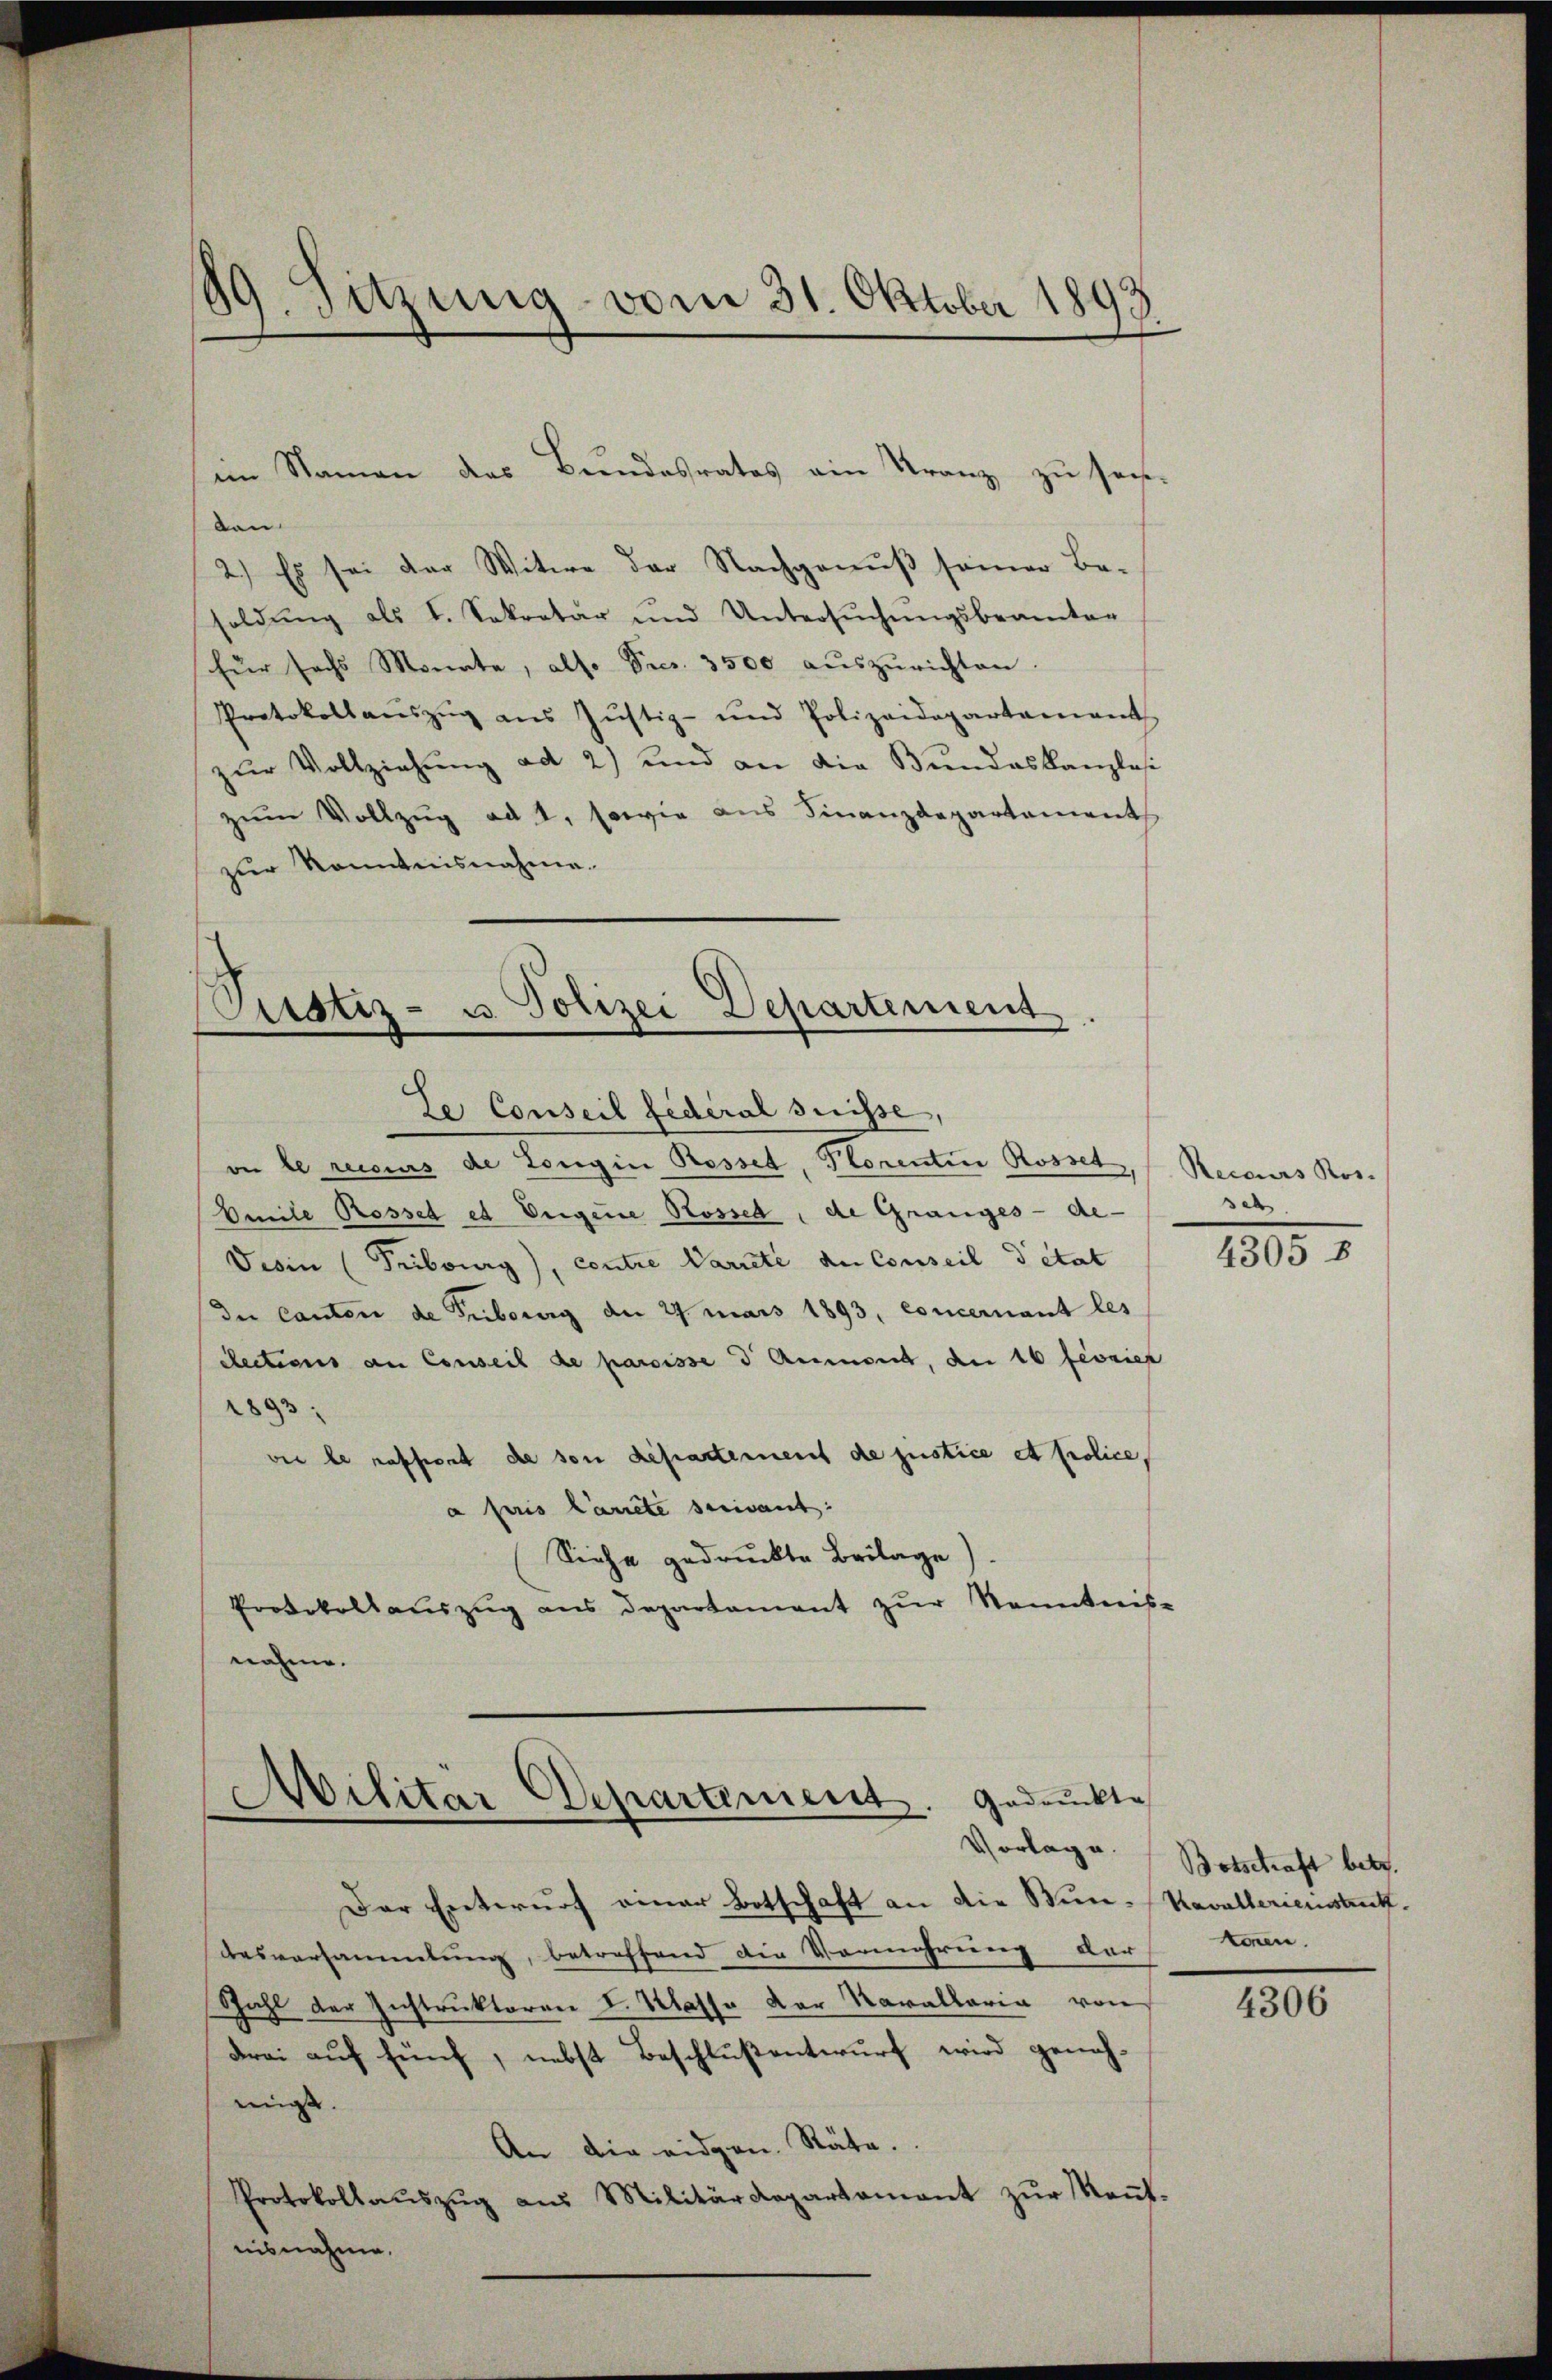
89. Sitzung vom 31. Oktober 1893

den
2.) Es sei der Witwe der Nachgenuß seiner Be-
soldung als I. Sekretär und Untersŭchŭngsbeamter
für sechs Monate, also Secr. 3500 aŭszŭrichten.
Protokollaŭszŭg ans Jŭstiz- und Polizeidepartamant
zŭr Vollziehŭng ad 2) und an die Bŭndeskanzlosi
zŭm Vollzug ad 1, sowie aus Finanzdepartement
zur Kenntnisnahme.

im Namen des Bŭndesrates ein Franz zŭ sei,

ustiz- u. Polizei Departement
Ze Conseil fédéral suisse,
on le reiseurs de Longin Rosset, Prorentin Rosset,

Omile Rossed et Eugene Rossed, de Granges - de-
Desin (Pribourg), contre Parreté du Conseil detat
(die Canton de Tribourg der 27. Mars 1893, concernant les
dlections an Conseil de paroisse 3 Aumont, de 16 febrief
2893
vie le raffent de von Repartement de justice et police,
a Paris Canete scrivant:
Siehe gedruckte Beilage).
Protokollauszug aus Departament zur Kenntnis-
nahme.

Militär Departement. Gedruckte
Vorlage.

Der Entwurf einer Botschaft an die Stun-Kavallerienstrutz.
desversammlung, betreffend die Vermehrung der
Zahl der Instruktoren I. Klasse der Kavallaria von
drei auf fünf, nebst Beschlußentwurf wird geneh-
migt.
An die eidgen. Räte.
Protokollaŭszŭg aŭs Militärdepartamant zŭr Keṅt-
uisnahme.

Reccurs Ros.
set.

4305 8

Botschaft betr.
können.

4306